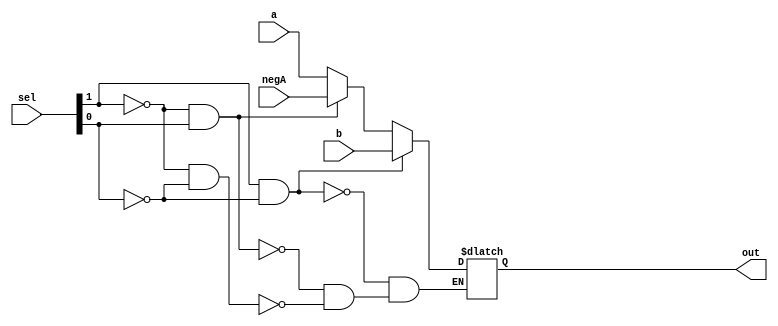
module ThreeToOneMux(a, negA, b, sel, out);

input [31:0] a;
input [31:0] negA;
input [31:0] b;
input [1:0] sel;

wire [1:0] notwire;
wire [31:0] andwire1;
wire [31:0] andwire2;
wire [31:0] andwire3;

output reg [31:0] out;
//ThreeToOneMux alu_mux2_test(rt_EX, imm_EX, imm_incEX, ALUSrc1_EX, alu_mux2);
    
always@(a, negA, b, sel)
begin
    if(sel[1] == 0 && sel[0] == 0)
        out = a;
    if (sel[1]==0 && sel[0] == 1)
        out = negA;
    if (sel[1] == 1 && sel[0] ==0)
        out = b;
end 
/*
//Not gate applies to all bits of A & -A
not(notwire[0], sel[0]);
not(notwire[1], sel[1]);

//A0 & -A0
and(andwire1[0], a[0], notwire[0], notwire[1]);
and(andwire2[0], sel[0], notwire[1], b[0]);
and(andwire3[0], negA[0], notwire[0], sel[1]);
or(out[0], andwire1[0], andwire2[0], andwire3[0]);

//A1 & -A1
and(andwire1[1], a[1], notwire[0], notwire[1]);
and(andwire2[1], sel[0], notwire[1], b[1]);
and(andwire3[1], negA[1], notwire[0], sel[1]);
or(out[1], andwire1[1], andwire2[1], andwire3[1]);

//A2 & -A2
and(andwire1[2], a[2], notwire[0], notwire[1]);
and(andwire2[2], sel[0], notwire[1], b[2]);
and(andwire3[2], negA[2], notwire[0], sel[1]);
or(out[2], andwire1[2], andwire2[2], andwire3[2]);

//A3 & -A3
and(andwire1[3], a[3], notwire[0], notwire[1]);
and(andwire2[3], sel[0], notwire[1], b[3]);
and(andwire3[3], negA[3], notwire[0], sel[1]);
or(out[3], andwire1[3], andwire2[3], andwire3[3]);

//A4 & -A4
and(andwire1[4], a[4], notwire[0], notwire[1]);
and(andwire2[4], sel[0], notwire[1], b[4]);
and(andwire3[4], negA[4], notwire[0], sel[1]);
or(out[4], andwire1[4], andwire2[4], andwire3[4]);

//A5 & -A5
and(andwire1[5], a[5], notwire[0], notwire[1]);
and(andwire2[5], sel[0], notwire[1], b[5]);
and(andwire3[5], negA[5], notwire[0], sel[1]);
or(out[5], andwire1[5], andwire2[5], andwire3[5]);

//A6 & -A6
and(andwire1[6], a[6], notwire[0], notwire[1]);
and(andwire2[6], sel[0], notwire[1], b[6]);
and(andwire3[6], negA[6], notwire[0], sel[1]);
or(out[6], andwire1[6], andwire2[6], andwire3[6]);

//A7 & -A7
and(andwire1[7], a[7], notwire[0], notwire[1]);
and(andwire2[7], sel[0], notwire[1], b[7]);
and(andwire3[7], negA[7], notwire[0], sel[1]);
or(out[7], andwire1[7], andwire2[7], andwire3[7]);

//A8 & -A8
and(andwire1[8], a[8], notwire[0], notwire[1]);
and(andwire2[8], sel[0], notwire[1], b[8]);
and(andwire3[8], negA[8], notwire[0], sel[1]);
or(out[8], andwire1[8], andwire2[8], andwire3[8]);

//A9 & -A9
and(andwire1[9], a[9], notwire[0], notwire[1]);
and(andwire2[9], sel[0], notwire[1], b[9]);
and(andwire3[9], negA[9], notwire[0], sel[1]);
or(out[9], andwire1[9], andwire2[9], andwire3[9]);

//A10 & -A10
and(andwire1[10], a[10], notwire[0], notwire[1]);
and(andwire2[10], sel[0], notwire[1], b[10]);
and(andwire3[10], negA[10], notwire[0], sel[1]);
or(out[10], andwire1[10], andwire2[10], andwire3[10]);

//A11 & -A11
and(andwire1[11], a[11], notwire[0], notwire[1]);
and(andwire2[11], sel[0], notwire[1], b[11]);
and(andwire3[11], negA[11], notwire[0], sel[1]);
or(out[11], andwire1[11], andwire2[11], andwire3[11]);

//A12 & -A12
and(andwire1[12], a[12], notwire[0], notwire[1]);
and(andwire2[12], sel[0], notwire[1], b[12]);
and(andwire3[12], negA[12], notwire[0], sel[1]);
or(out[12], andwire1[12], andwire2[12], andwire3[12]);

//A13 & -A13
and(andwire1[13], a[13], notwire[0], notwire[1]);
and(andwire2[13], sel[0], notwire[1], b[13]);
and(andwire3[13], negA[13], notwire[0], sel[1]);
or(out[13], andwire1[13], andwire2[13], andwire3[13]);

//A14 & -A14
and(andwire1[14], a[14], notwire[0], notwire[1]);
and(andwire2[14], sel[0], notwire[1], b[14]);
and(andwire3[14], negA[14], notwire[0], sel[1]);
or(out[14], andwire1[14], andwire2[14], andwire3[14]);

//A15 & -A15
and(andwire1[15], a[15], notwire[0], notwire[1]);
and(andwire2[15], sel[0], notwire[1], b[15]);
and(andwire3[15], negA[15], notwire[0], sel[1]);
or(out[15], andwire1[15], andwire2[15], andwire3[15]);

//A16 & -A16
and(andwire1[16], a[16], notwire[0], notwire[1]);
and(andwire2[16], sel[0], notwire[1], b[16]);
and(andwire3[16], negA[16], notwire[0], sel[1]);
or(out[16], andwire1[16], andwire2[16], andwire3[16]);

//A17 & -A17
and(andwire1[17], a[17], notwire[0], notwire[1]);
and(andwire2[17], sel[0], notwire[1], b[17]);
and(andwire3[17], negA[17], notwire[0], sel[1]);
or(out[17], andwire1[17], andwire2[17], andwire3[17]);

//A18 & -A18
and(andwire1[18], a[18], notwire[0], notwire[1]);
and(andwire2[18], sel[0], notwire[1], b[18]);
and(andwire3[18], negA[18], notwire[0], sel[1]);
or(out[18], andwire1[18], andwire2[18], andwire3[18]);

//A19 & -A19
and(andwire1[19], a[19], notwire[0], notwire[1]);
and(andwire2[19], sel[0], notwire[1], b[19]);
and(andwire3[19], negA[19], notwire[0], sel[1]);
or(out[19], andwire1[19], andwire2[19], andwire3[19]);

//A20 & -A20
and(andwire1[20], a[20], notwire[0], notwire[1]);
and(andwire2[20], sel[0], notwire[1], b[20]);
and(andwire3[20], negA[20], notwire[0], sel[1]);
or(out[20], andwire1[20], andwire2[20], andwire3[20]);

//A21 & -A21
and(andwire1[21], a[21], notwire[0], notwire[1]);
and(andwire2[21], sel[0], notwire[1], b[21]);
and(andwire3[21], negA[21], notwire[0], sel[1]);
or(out[21], andwire1[21], andwire2[21], andwire3[21]);

//A22 & -A22
and(andwire1[22], a[22], notwire[0], notwire[1]);
and(andwire2[22], sel[0], notwire[1], b[22]);
and(andwire3[22], negA[22], notwire[0], sel[1]);
or(out[22], andwire1[22], andwire2[22], andwire3[22]);

//A23 & -A23
and(andwire1[23], a[23], notwire[0], notwire[1]);
and(andwire2[23], sel[0], notwire[1], b[23]);
and(andwire3[23], negA[23], notwire[0], sel[1]);
or(out[23], andwire1[23], andwire2[23], andwire3[23]);

//A24 & -A24
and(andwire1[24], a[24], notwire[0], notwire[1]);
and(andwire2[24], sel[0], notwire[1], b[24]);
and(andwire3[24], negA[24], notwire[0], sel[1]);
or(out[24], andwire1[24], andwire2[24], andwire3[24]);

//A25 & -A25
and(andwire1[25], a[25], notwire[0], notwire[1]);
and(andwire2[25], sel[0], notwire[1], b[25]);
and(andwire3[25], negA[25], notwire[0], sel[1]);
or(out[25], andwire1[25], andwire2[25], andwire3[25]);

//A26 & -A26
and(andwire1[26], a[26], notwire[0], notwire[1]);
and(andwire2[26], sel[0], notwire[1], b[26]);
and(andwire3[26], negA[26], notwire[0], sel[1]);
or(out[26], andwire1[26], andwire2[26], andwire3[26]);

//A27 & -A27
and(andwire1[27], a[27], notwire[0], notwire[1]);
and(andwire2[27], sel[0], notwire[1],b[27]);
and(andwire3[27], negA[27], notwire[0], sel[1]);
or(out[27], andwire1[27], andwire2[27], andwire3[27]);

//A28 & -A28
and(andwire1[28], a[28], notwire[0], notwire[1]);
and(andwire2[28], sel[0], notwire[1], b[28]);
and(andwire3[28], negA[28], notwire[0], sel[1]);
or(out[28], andwire1[28], andwire2[28], andwire3[28]);

//A29 & -A29
and(andwire1[29], a[29], notwire[0], notwire[1]);
and(andwire2[29], sel[0], notwire[1], b[29]);
and(andwire3[29], negA[29], notwire[0], sel[1]);
or(out[29], andwire1[29], andwire2[29], andwire3[29]);

//A30 & -A30
and(andwire1[30], a[30], notwire[0], notwire[1]);
and(andwire2[30], sel[0], notwire[1], b[30]);
and(andwire3[30], negA[30], notwire[0], sel[1]);
or(out[30], andwire1[30], andwire2[30], andwire3[30]);

//A31 & -A31
and(andwire1[31], a[31], notwire[0], notwire[1]);
and(andwire2[31], sel[0], notwire[1], b[31]);
and(andwire3[31], negA[31], notwire[0], sel[1]);
or(out[31], andwire1[31], andwire2[31], andwire3[31]);
*/
endmodule